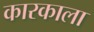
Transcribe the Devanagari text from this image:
कारकाला